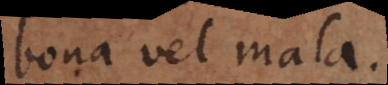
bona vel mala.